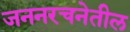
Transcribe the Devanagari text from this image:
जननरचनेतील